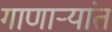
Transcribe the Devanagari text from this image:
गाणार्‍यांत